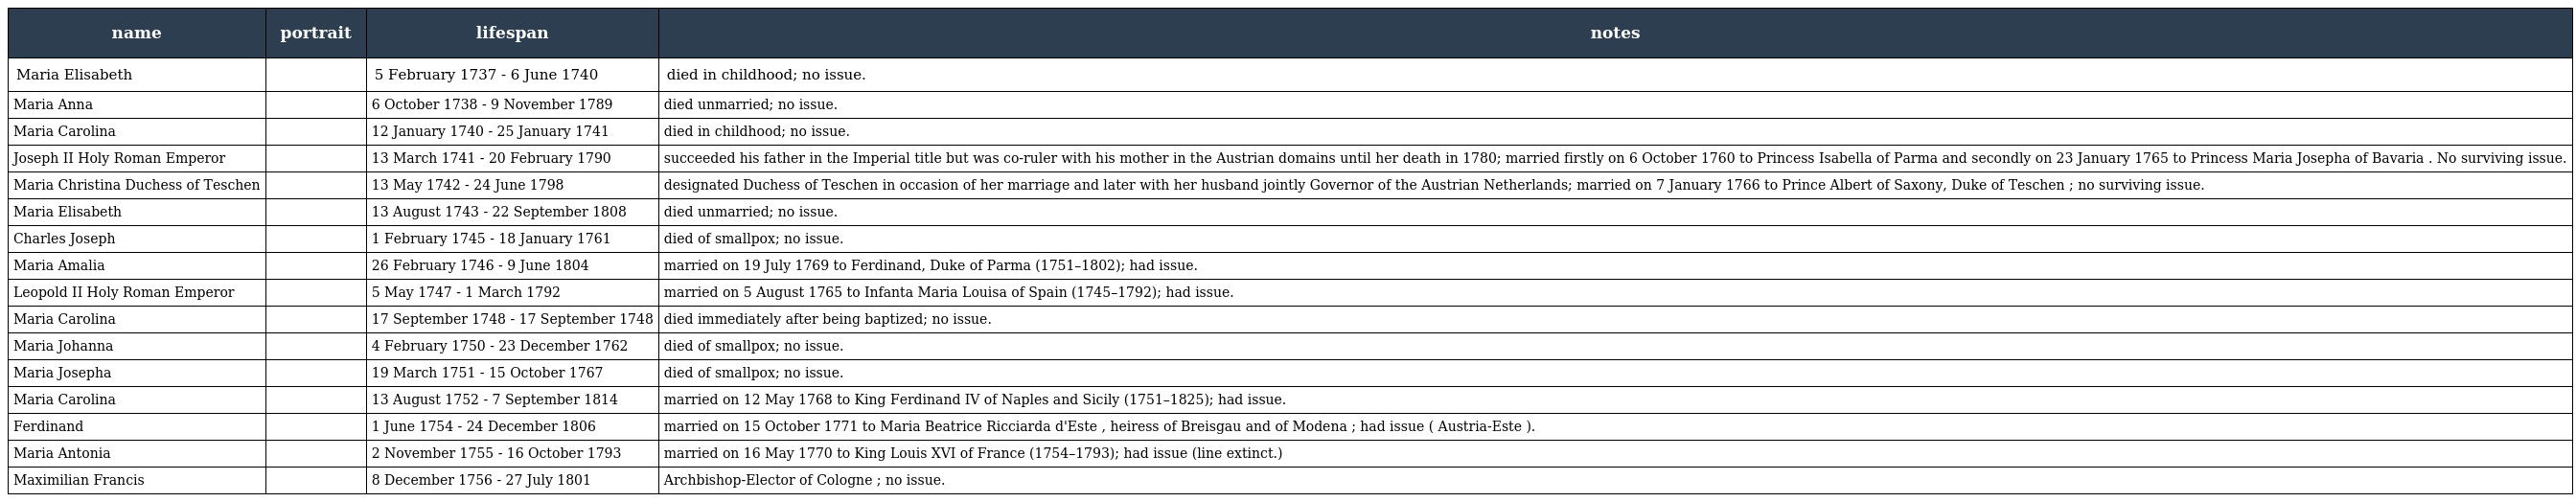
| name | portrait | lifespan | notes |
 | --- | --- | --- | --- |
 | Maria Elisabeth |  | 5 February 1737 - 6 June 1740 | died in childhood; no issue. |
 | Maria Anna |  | 6 October 1738 - 9 November 1789 | died unmarried; no issue. |
 | Maria Carolina |  | 12 January 1740 - 25 January 1741 | died in childhood; no issue. |
 | Joseph II Holy Roman Emperor |  | 13 March 1741 - 20 February 1790 | succeeded his father in the Imperial title but was co-ruler with his mother in the Austrian domains until her death in 1780; married firstly on 6 October 1760 to Princess Isabella of Parma and secondly on 23 January 1765 to Princess Maria Josepha of Bavaria . No surviving issue. |
 | Maria Christina Duchess of Teschen |  | 13 May 1742 - 24 June 1798 | designated Duchess of Teschen in occasion of her marriage and later with her husband jointly Governor of the Austrian Netherlands; married on 7 January 1766 to Prince Albert of Saxony, Duke of Teschen ; no surviving issue. |
 | Maria Elisabeth |  | 13 August 1743 - 22 September 1808 | died unmarried; no issue. |
 | Charles Joseph |  | 1 February 1745 - 18 January 1761 | died of smallpox; no issue. |
 | Maria Amalia |  | 26 February 1746 - 9 June 1804 | married on 19 July 1769 to Ferdinand, Duke of Parma (1751–1802); had issue. |
 | Leopold II Holy Roman Emperor |  | 5 May 1747 - 1 March 1792 | married on 5 August 1765 to Infanta Maria Louisa of Spain (1745–1792); had issue. |
 | Maria Carolina |  | 17 September 1748 - 17 September 1748 | died immediately after being baptized; no issue. |
 | Maria Johanna |  | 4 February 1750 - 23 December 1762 | died of smallpox; no issue. |
 | Maria Josepha |  | 19 March 1751 - 15 October 1767 | died of smallpox; no issue. |
 | Maria Carolina |  | 13 August 1752 - 7 September 1814 | married on 12 May 1768 to King Ferdinand IV of Naples and Sicily (1751–1825); had issue. |
 | Ferdinand |  | 1 June 1754 - 24 December 1806 | married on 15 October 1771 to Maria Beatrice Ricciarda d'Este , heiress of Breisgau and of Modena ; had issue ( Austria-Este ). |
 | Maria Antonia |  | 2 November 1755 - 16 October 1793 | married on 16 May 1770 to King Louis XVI of France (1754–1793); had issue (line extinct.) |
 | Maximilian Francis |  | 8 December 1756 - 27 July 1801 | Archbishop-Elector of Cologne ; no issue. |